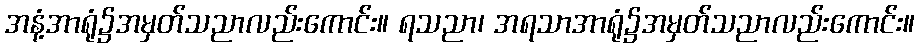
အနံ့အာရုံ၌အမှတ်သညာလည်းကောင်း။ ရသညာ၊ အရသာအာရုံ၌အမှတ်သညာလည်းကောင်း။